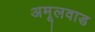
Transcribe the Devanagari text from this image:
अमूलवाड